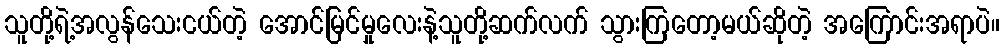
သူတို့ရဲ့အလွန်သေးငယ်တဲ့ အောင်မြင်မှုလေးနဲ့သူတို့ဆက်လက် သွားကြတော့မယ်ဆိုတဲ့ အကြောင်းအရာပဲ။